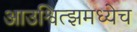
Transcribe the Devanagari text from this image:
आउश्वित्झमध्येच